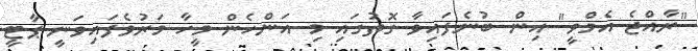
"ރާއްޖެ އެމްވީ" އިން ބުނެފައިވާ ގޮތުގައި މި އަންހެން މީހާ މަރުވެފައިވަނީ ޕާޓީ